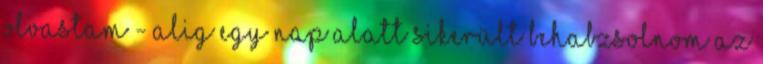
olvastam - alig egy nap alatt sikerült behabzsolnom az